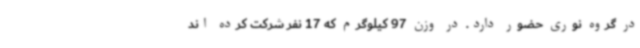
در گروه نوری حضور دارد. در وزن 97 کیلوگرم که 17 نفر شرکت کرده اند